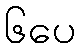
၆ပေ